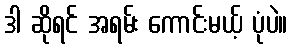
ဒါ ဆိုရင် အရမ်း ကောင်းမယ့် ပုံပဲ။